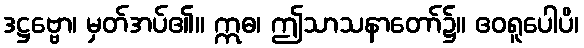
ဒဋ္ဌဗ္ဗော၊ မှတ်အပ်၏။ ဣဓ၊ ဤသာသနာတော်၌။ ဧဝရူပေါပိ၊